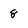
Character: 8